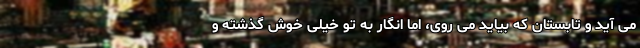
می آید و تابستان که بیاید می روی، اما انگار به تو خیلی خوش گذشته و